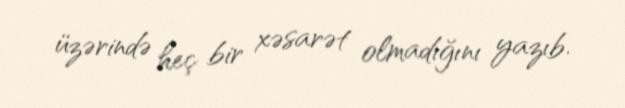
üzərində heç bir xəsarət olmadığını yazıb.